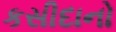
કસીદાનો